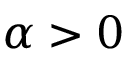
\alpha > 0